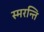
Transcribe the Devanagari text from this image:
स्मरन्ति